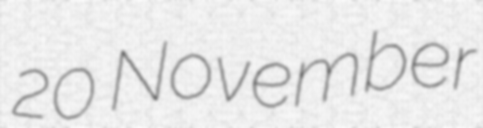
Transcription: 20 November